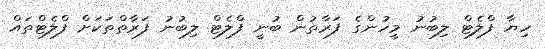
ހިޔާ ފްލެޓް ލިބުނު މީހުންގެ ފަރާތުން ބުނީ ފްލެޓް ލިބުނު ފަރާތްތަކަށް ފްލެޓްތައް